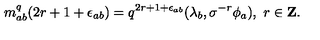
m _ { a b } ^ { q } ( 2 r + 1 + \epsilon _ { a b } ) = q ^ { 2 r + 1 + \epsilon _ { a b } } ( \lambda _ { b } , \sigma ^ { - r } \phi _ { a } ) , \ r \in { \bf Z } .